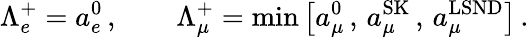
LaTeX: \Lambda_{e}^{+}=a_{e}^{0}\, ,\qquad\Lambda_{\mu}^{+}=\operatorname*{min}\left[a_{\mu}^{0}\, ,\, a_{\mu}^{\mathrm{SK}}\, ,\, a_{\mu}^{\mathrm{LSND}}\right]\, .